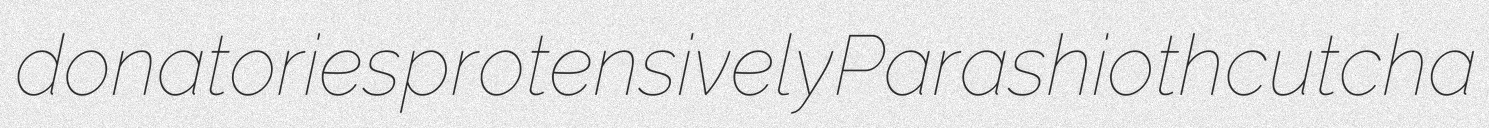
donatories protensively Parashioth cutcha